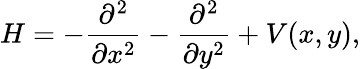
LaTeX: H=-\frac{\partial^{2}}{\partial x^{2}}-\frac{\partial^{2}}{\partial y^{2}}+V(x,y),